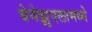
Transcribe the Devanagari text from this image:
वेनेझुएलामध्ये